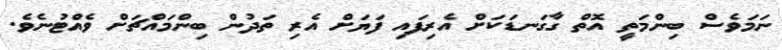
ނަމަވެސް ބިންމަތީ އޮތް ގާގަނޑަކަށް އެރިފައި ފަޔަށް އެރި ތަދުން ބިންމައްޗަށް ވެއްޓުނެވެ.